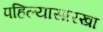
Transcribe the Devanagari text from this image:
पहिल्यासारखा